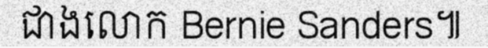
ជាងលោក Bernie Sanders៕